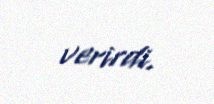
verirdi.